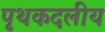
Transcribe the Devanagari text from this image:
पृथकदलीय